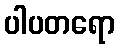
ပါပတရော